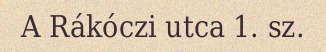
A Rákóczi utca 1. sz.